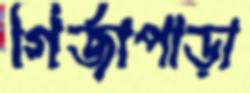
গির্জাপাড়া